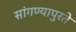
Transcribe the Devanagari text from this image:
सांगण्यापुरते